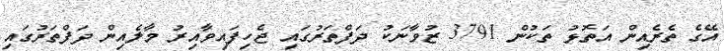
އޭގެ ތެރެއިން އަތޮޅު ތަކުން 3791 ޒުވާނަކު ދަފްތަރުގައި ޖެހިފައިވާއިރު މާލެއިން ދަފްތަރުގައި